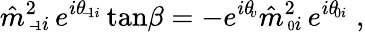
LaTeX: \hat{m}^{2}\! \! _{{\scriptscriptstyle\mathrm{-}\! 1}i}\, e^{i\theta\! _{{\scriptscriptstyle\mathrm{-}\! 1}i}}\tan\! \beta=-e^{i\theta\! _{v}}\hat{m}^{2}\! \! _{{\scriptscriptstyle 0}i}\, e^{i\theta\! _{{\scriptscriptstyle 0}i}}\; ,